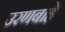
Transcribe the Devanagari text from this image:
उरणबाहे